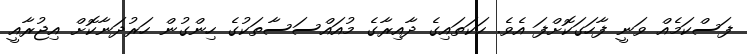
ފަސްކަމެއް ވަނީ ފާހަގަކޮށްފަ އެވެ. ހަކަތައިގެ ދާއިރާގެ މުއައްސަސާތަކުގެ ހިންގުން ހަރުދަނާކޮށް އިޖުރާއީ